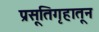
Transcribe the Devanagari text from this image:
प्रसूतिगृहातून